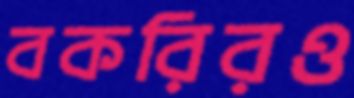
বকরিরও